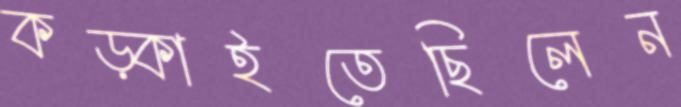
কড়্‌কাইতেছিলেন